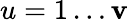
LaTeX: u=1\ldots\mathbf{v}